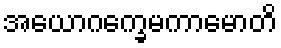
အယောဂက္ခေမကာမောတိ